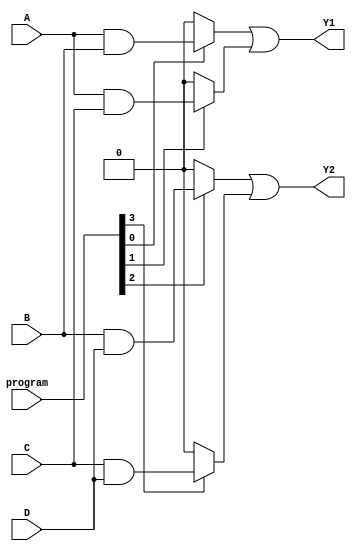
module PAL (
    input wire A,              // Input A
    input wire B,              // Input B
    input wire C,              // Input C
    input wire D,              // Input D
    input wire [3:0] program,  // Programming signals (for AND gates)
    output wire Y1,            // Output Y1
    output wire Y2             // Output Y2
);

// Declarate the number of AND gates
parameter NUM_AND_GATES = 4;
wire [NUM_AND_GATES-1:0] and_out; // Outputs from AND gates

// Programmable AND array
generate
    genvar i;
    for (i = 0; i < NUM_AND_GATES; i = i + 1) begin : AND_GATE
        assign and_out[i] = (program[i]) ?  // Check if this AND gate is programmed
            (i == 0) ? (A & B) :             // AND gate 1
            (i == 1) ? (A & C) :             // AND gate 2
            (i == 2) ? (B & D) :             // AND gate 3
            (i == 3) ? (C & D) : 0 : 0;      // AND gate 4
    end
endgenerate

// Fixed OR array
assign Y1 = and_out[0] | and_out[1]; // Combine outputs for Y1
assign Y2 = and_out[2] | and_out[3]; // Combine outputs for Y2

endmodule